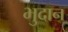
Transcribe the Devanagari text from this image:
भुदान